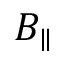
B _ { \parallel }